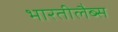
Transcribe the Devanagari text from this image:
भारतीलैब्स